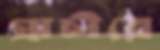
প্রাচীরে